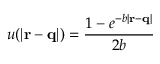
u ( | \mathbf { r } - \mathbf { q } | ) = \frac { 1 - e ^ { - b | \mathbf { r } - \mathbf { q } | } } { 2 b }